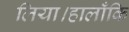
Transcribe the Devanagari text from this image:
लिया।हालाँकि